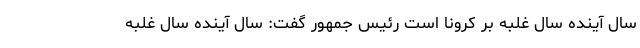
سال آینده سال غلبه بر کرونا است رئیس جمهور گفت: سال آینده سال غلبه